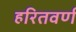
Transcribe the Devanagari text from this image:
हरितवर्ण